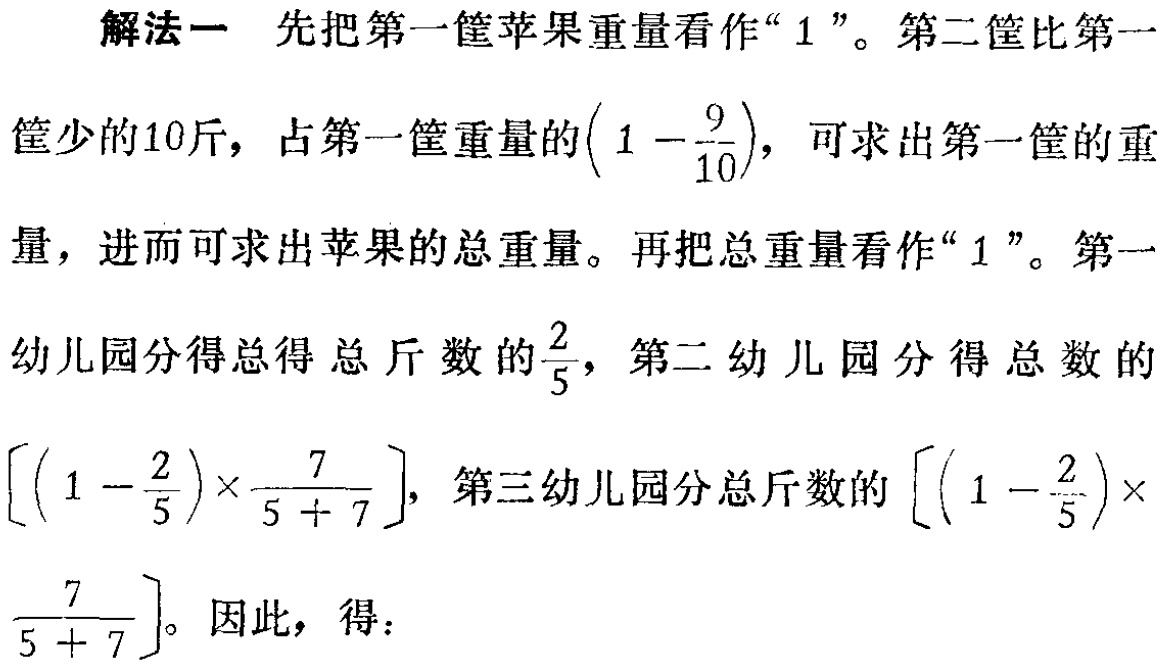
解法一 先把第一筐苹果重量看作“$1$”。第二筐比第一

筐少的10斤，占第一筐重量的$\left(1 - \dfrac{9}{10}\right)$，可求出第一筐的重

量，进而可求出苹果的总重量。再把总重量看作“$1$”。第一

幼儿园分得总得总斤数的$\dfrac{2}{5}$，第二幼儿园分得总数的

$\left[\left(1 - \dfrac{2}{5}\right)\times\dfrac{7}{5 + 7}\right]$，第三幼儿园分总斤数的$\left[\left(1 - \dfrac{2}{5}\right)\times

\dfrac{7}{5 + 7}\right]$。因此，得：